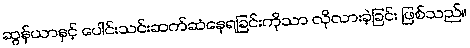
ဆွန်ယာနှင့် ပေါင်းသင်းဆက်ဆံနေရခြင်းကိုသာ လိုလားခဲ့ခြင်း ဖြစ်သည်။